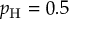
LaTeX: p _ { \mathrm { H } } = 0 . 5